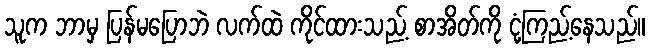
သူက ဘာမှ ပြန်မပြောဘဲ လက်ထဲ ကိုင်ထားသည့် စာအိတ်ကို ငုံ့ကြည့်နေသည်။